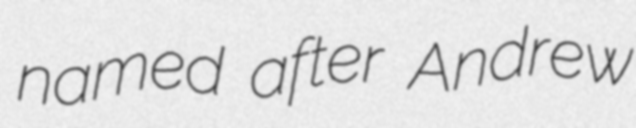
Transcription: named after Andrew